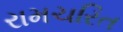
રામચરિત